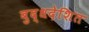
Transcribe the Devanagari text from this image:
बुद्धदेशित